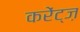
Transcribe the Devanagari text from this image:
करेंट्ज़